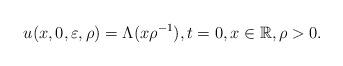
LaTeX: \begin{align*} \phantom{\frac{1}{1}} u(x,0,\varepsilon,\rho) = \Lambda ( {x}{\rho}^{-1}), t=0, x\in\mathbb{R}, \rho>0. \end{align*}